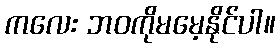
ကလေး ဘဝကိုမမေ့နိုင်ပါ။